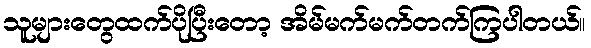
သူများတွေထက်ပိုပြီးတော့ အိမ်မက်မက်တက်ကြပါတယ်။